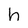
Character: h